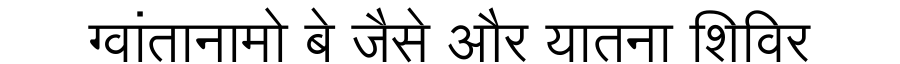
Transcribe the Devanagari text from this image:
ग्वांतानामो बे जैसे और यातना शिविर